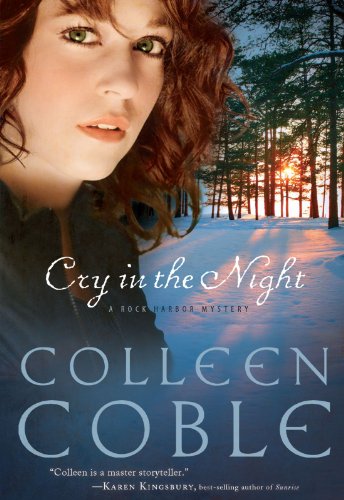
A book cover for Cry in the Night (Rock Harbor Series #4); Colleen Coble; Romance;